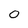
Character: 0